Indian journal of veterinary science and animal husbandry - Volume 9,
Year: 1939
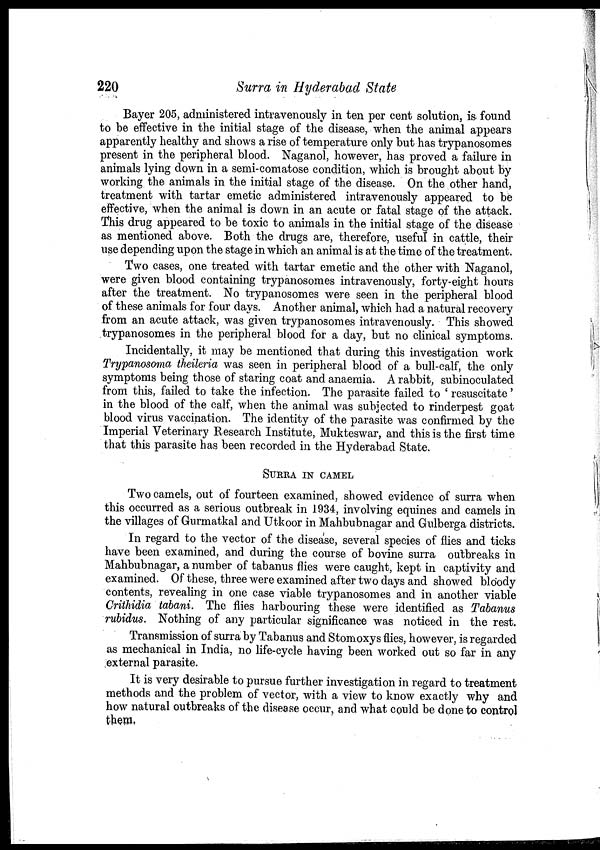
220
Surra in Hyderabad State
Bayer 205, administered intravenously in ten per cent solution, is found
to be effective in the initial stage of the disease, when the animal appears
apparently healthy and shows a rise of temperature only but has trypanosomes
present in the peripheral blood. Naganol, however, has proved a failure in
animals lying down in a semi-comatose condition, which is brought about by
working the animals in the initial stage of the disease. On the other hand,
treatment with tartar emetic administered intravenously appeared to be
effective, when the animal is down in an acute or fatal stage of the attack.
This drug appeared to be toxic to animals in the initial stage of the disease
as mentioned above. Both the drugs are, therefore, useful in cattle, their
use depending upon the stage in which an animal is at the time of the treatment.
Two cases, one treated with tartar emetic and the other with Naganol,
were given blood containing trypanosomes intravenously, forty-eight hours
after the treatment. No trypanosomes were seen in the peripheral blood
of these animals for four days. Another animal, which had a natural recovery
from an acute attack, was given trypanosomes intravenously. This showed
trypanosomes in the peripheral blood for a day, but no clinical symptoms.
Incidentally, it may be mentioned that during this investigation work
Trypanosoma theileria was seen in peripheral blood of a bull-calf, the only
symptoms being those of staring coat and anaemia. A rabbit, subinoculated
from this, failed to take the infection. The parasite failed to ' resuscitate'
in the blood of the calf, when the animal was subjected to rinderpest goat
blood virus vaccination. The identity of the parasite was confirmed by the
Imperial Veterinary Research Institute, Mukteswar, and this is the first time
that this parasite has been recorded in the Hyderabad State.
SURRA IN CAMEL
Two camels, out of fourteen examined, showed evidence of surra when
this occurred as a serious outbreak in 1934, involving equines and camels in
the villages of Gurmatkal and Utkoor in Mahbubnagar and Gulberga districts.
In regard to the vector of the disease, several species of flies and ticks
have been examined, and during the course of bovine surra outbreaks in
Mahbubnagar, a number of tabanus flies were caught, kept in captivity and
examined. Of these, three were examined after two days and showed bloody
contents, revealing in one case viable trypanosomes and in another viable
Crithidia tabani. The flies harbouring these were identified as Tabanus
rubidus. Nothing of any particular significance was noticed in the rest.
Transmission of surra by Tabanus and Stomoxys flies, however, is regarded
as mechanical in India, no life-cycle having been worked out so far in any
external parasite.
It is very desirable to pursue further investigation in regard to treatment
methods and the problem of vector, with a view to know exactly why and
how natural outbreaks of the disease occur, and what could be done to control
them.